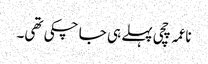
ناعمہ چچی پہلے ہی جا چکی تھی۔